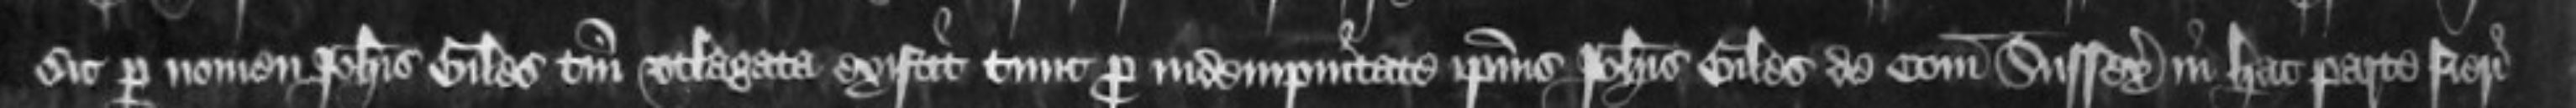
sic per nomen Johannis Giles tantum utlagata existit tunc pro indempnitate ipsius Johannis Giles de Comitatu Sussex in hac parte fieri